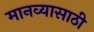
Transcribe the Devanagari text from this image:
मानव्यासाठी